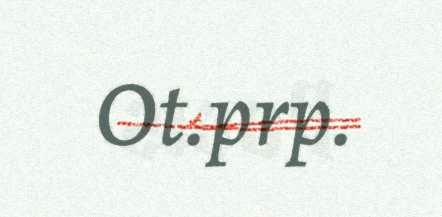
Ot.prp.